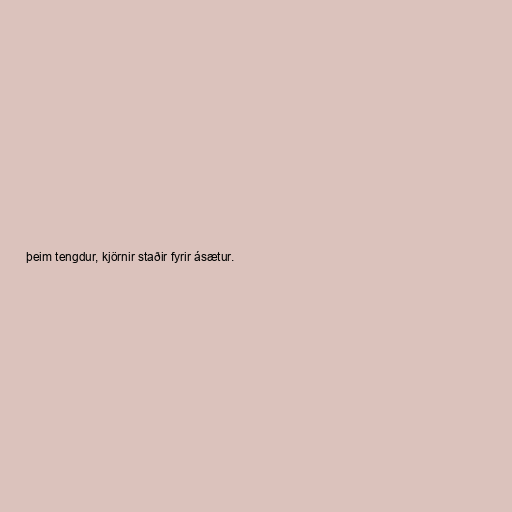
þeim tengdur, kjörnir staðir fyrir ásætur.